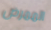
الممرض